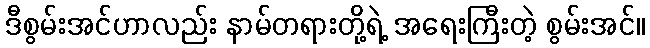
ဒီစွမ်းအင်ဟာလည်း နာမ်တရားတို့ရဲ့ အရေးကြီးတဲ့ စွမ်းအင်။